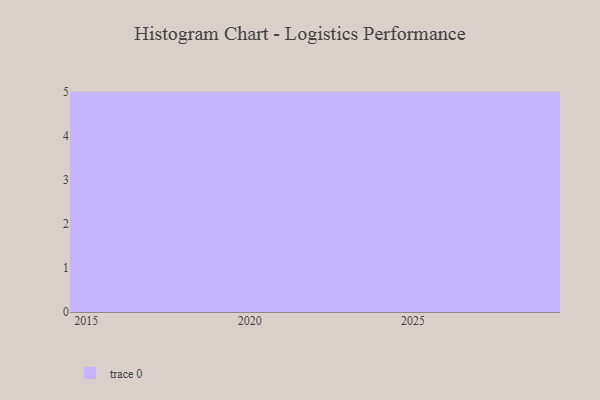
{"axis": {"x": "Year", "y": "Market Share (%)"}, "legend": [""], "data": [{"x": "2017", "y": 62, "type": ""}, {"x": "2026", "y": 59, "type": ""}, {"x": "2022", "y": 86, "type": ""}, {"x": "2023", "y": 98, "type": ""}, {"x": "2021", "y": 49, "type": ""}, {"x": "2020", "y": 60, "type": ""}, {"x": "2025", "y": 93, "type": ""}, {"x": "2028", "y": 52, "type": ""}, {"x": "2029", "y": 70, "type": ""}, {"x": "2024", "y": 57, "type": ""}, {"x": "2027", "y": 43, "type": ""}, {"x": "2016", "y": 58, "type": ""}, {"x": "2018", "y": 49, "type": ""}, {"x": "2015", "y": 2, "type": ""}, {"x": "2019", "y": 42, "type": ""}]}